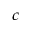
^ { c }